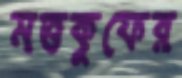
মত্তকুফের